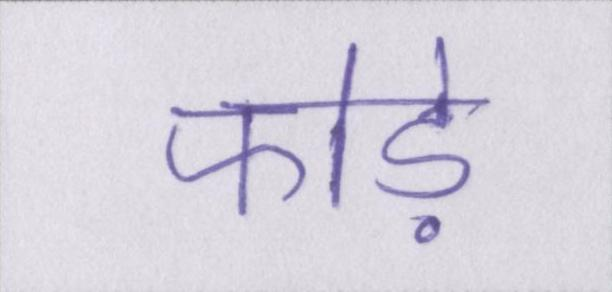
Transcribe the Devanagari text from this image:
फोड़े